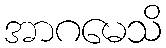
အာဂမေသိ